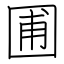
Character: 圃